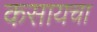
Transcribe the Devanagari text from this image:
कसायचा